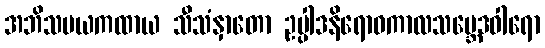
အဘိသမယကထာယ သီသံနှာတော ဥပ္ပါဒနိရောဓကာလသမ္ဘေဒဝါရော